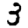
Digit: 3